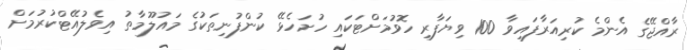
ރާއްޖޭގެ އެންމެ ކުރިއަރާފައިވާ 100 ވިޔަފާރި ހޮވުމަށްޓަކައި ހުށަހެޅޭ ކުންފުނިތަކުގެ މައުލޫމާތު އިވެލުއޭޓްކުރުމަށް